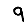
Digit: 9